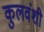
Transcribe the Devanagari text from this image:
कुलवंशी